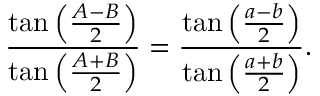
{ \frac { \tan \left( { \frac { A - B } { 2 } } \right) } { \tan \left( { \frac { A + B } { 2 } } \right) } } = { \frac { \tan \left( { \frac { a - b } { 2 } } \right) } { \tan \left( { \frac { a + b } { 2 } } \right) } } .